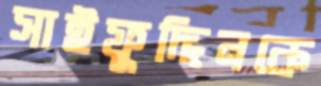
সাইফুদ্দিনকে